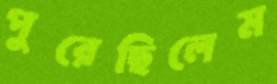
পুরেছিলেম